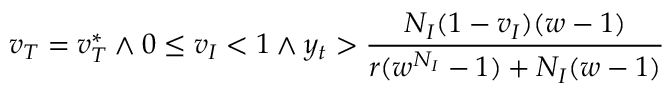
v _ { T } = v _ { T } ^ { * } \land 0 \le v _ { I } < 1 \land y _ { t } > \frac { N _ { I } ( 1 - v _ { I } ) ( w - 1 ) } { r ( w ^ { N _ { I } } - 1 ) + N _ { I } ( w - 1 ) }